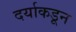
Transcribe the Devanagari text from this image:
दर्याकडून